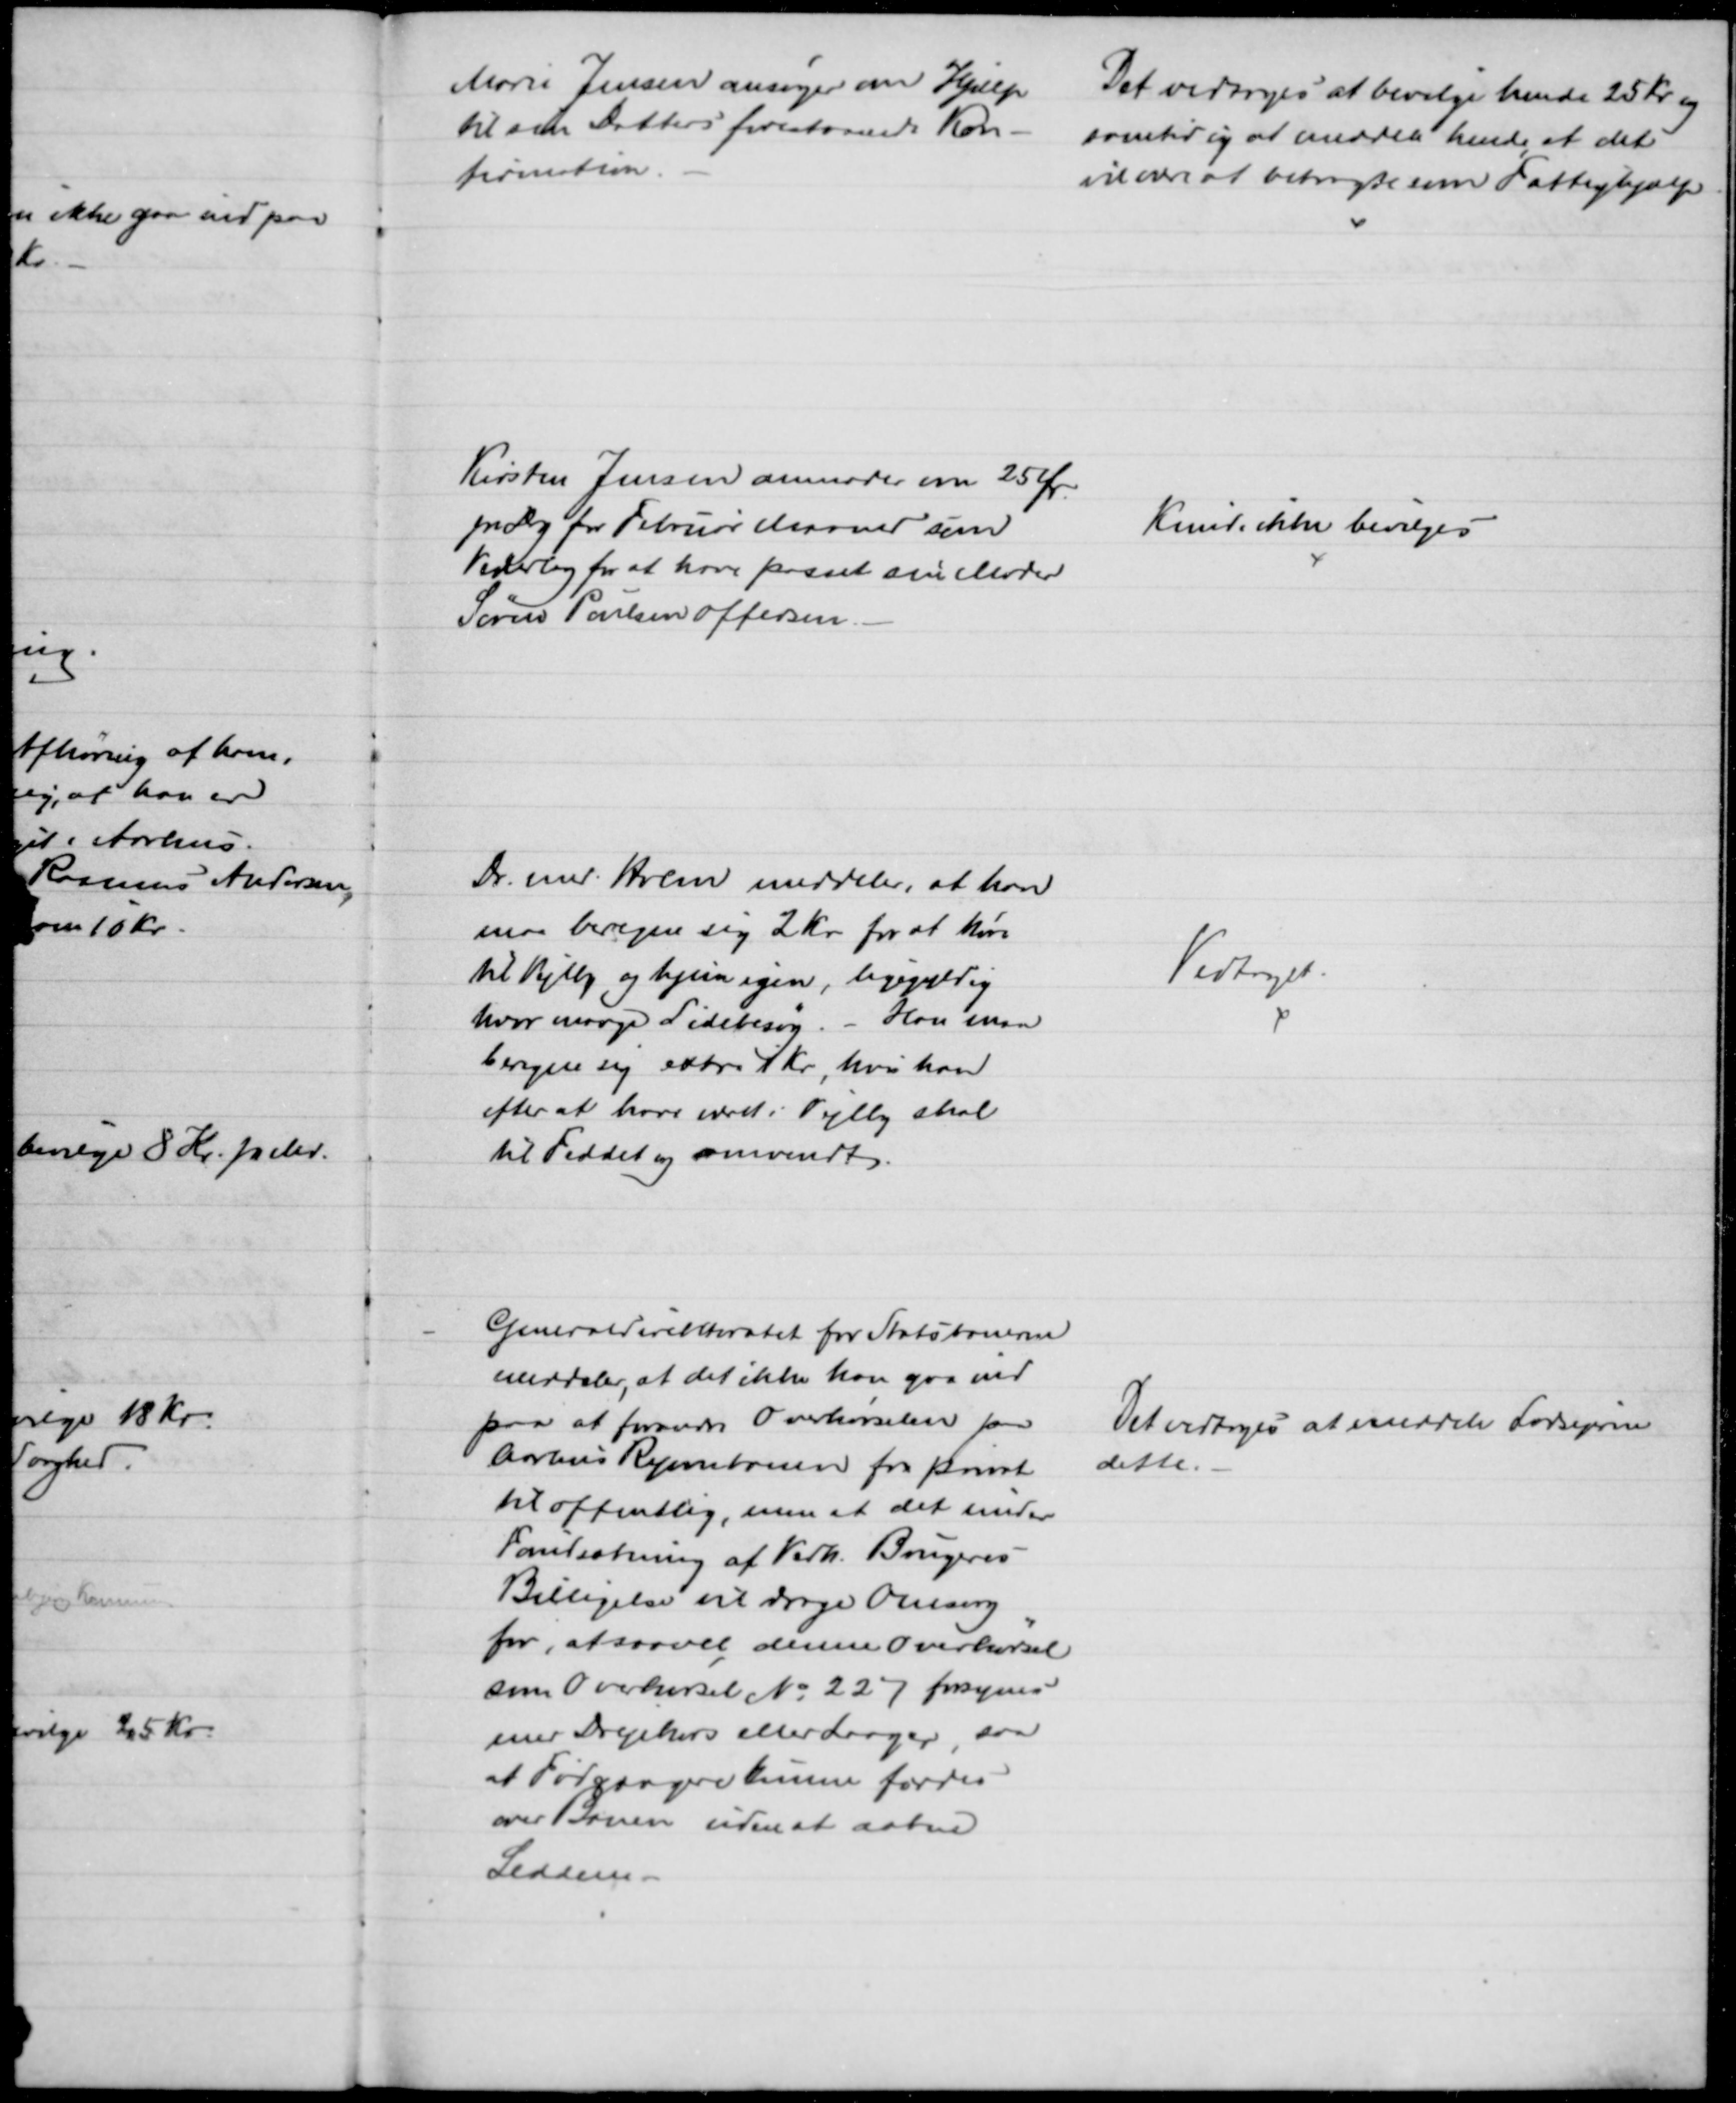
Transskription:
Marie Jensen ansøger om Hjælp
til sin Datters forestaaende Kon-
firmation.
Det vedtoges at bevilge hende 25 Kr og
samtidig at meddele hende, at det
vil være at betragte som Fattighjælp
Kirsten Jensen anmoder om 25 Ør.
pr Dag for Februar Maaned som
Vederlag for at have passet sin Moder
Søren Poulsen Offersen.
Kunde ikke bevilges
Dr. med. Holm meddeler, at han
maa beregne sig 2 Kr for at køre
til Vejlby og hjem igen, ligegyldig
hvor mange Sidebesøg. - Han maa
beregne sig extra 1 Kr, hvis han
efter at have været i Vejlby skal
til Feddet og omvendt.
Vedtaget
Generaldirektoratet for Statsbanerne
meddeler, at det ikke kan gaa ind 
paa at forandre Overkørselen paa
Aarhus Ryombanen fra privat
til offentlig, men at det under
Forudsætning af Vedk. Brugeres
Billigelse vil drage Omsorg
for, at saavel denne Overkørsel
som Overkørsel № 227 forsynes
med Drejekors eller Laager, saa
at Fodgængere kunne færdes
over Broen uden at aabne
Leddene
Det vedtoges at meddele Lodsejerne
dette.